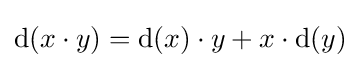
{\mathrm {d} }(x\cdot y)={\mathrm {d} }(x)\cdot y+x\cdot {\mathrm {d} }(y)